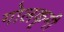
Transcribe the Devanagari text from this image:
गोलकृमी